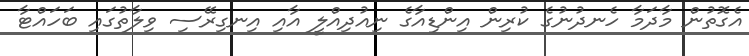
އެގޮތުން މާދަމާ ހެނދުނުގެ ކުރިން އިންޑިއާގެ ނިއުދިއްލީ އާއި އިނގިރޭސި ވިލާތުގައި ބަހައްޓާ